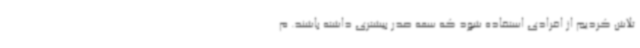
تلاش کردیم از افرادی استفاده شود که سعه صدر بیشتری داشته باشند. م